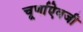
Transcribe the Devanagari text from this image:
चूर्णाऐवजी